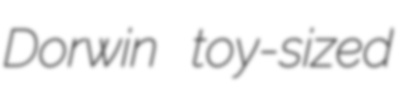
Dorwin toy-sized